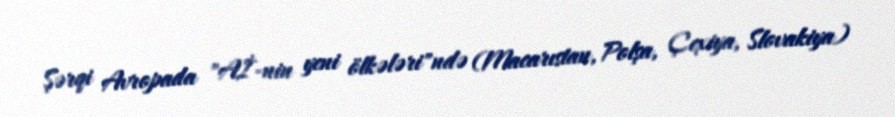
Şərqi Avropada "Aİ-nin yeni ölkələri"ndə (Macarıstan, Polşa, Çexiya, Slovakiya)